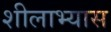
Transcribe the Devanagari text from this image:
शीलाभ्यास